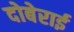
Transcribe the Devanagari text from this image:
दोबेराई